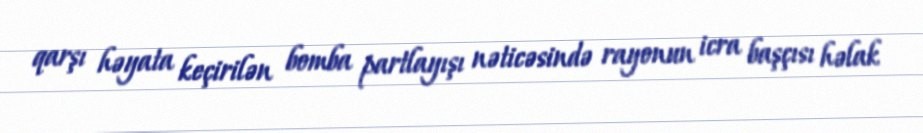
qarşı həyata keçirilən bomba partlayışı nəticəsində rayonun icra başçısı həlak